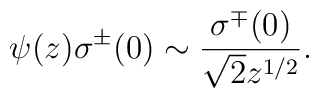
\psi(z)\sigma^\pm(0)\sim \frac{\sigma^\mp(0)}{\sqrt{2}z^{1/2}}.